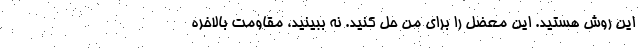
این روش هستید. این معضل را برای من حل کنید. نه ببینید، مقاومت بالاخره